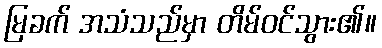
မြခက် အသံသည်မှာ တိမ်ဝင်သွား၏။